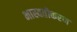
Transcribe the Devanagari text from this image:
भास्वतीकरण